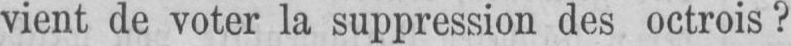
vient de voter la suppression des octrois?